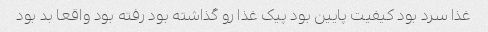
غذا سرد بود کیفیت پایین بود پیک غذا رو گذاشته بود رفته بود واقعا بد بود